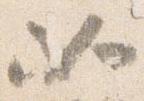
如